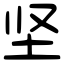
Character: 坚